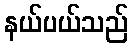
နယ်ပယ်သည်